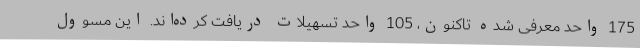
175 واحد معرفی شده تاکنون، 105 واحد تسهیلات دریافت کرده‌اند. این مسوول